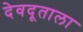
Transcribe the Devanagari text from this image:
देवदूताला